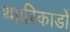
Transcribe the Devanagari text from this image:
था।रिकार्डो